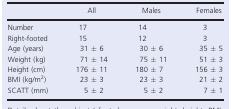
|  | All | Males | Females |
 | --- | --- | --- | --- |
 | Number | 17 | 14 | 3 |
 | Right‐footed | 15 | 12 | 3 |
 | Age (years) | 31 ± 6 | 30 ± 6 | 35 ± 5 |
 | Weight (kg) | 71 ± 14 | 75 ± 11 | 51 ± 3 |
 | Height (cm) | 176 ± 11 | 180 ± 7 | 156 ± 3 |
 | BMI (kg/m2) | 23 ± 3 | 23 ± 3 | 21 ± 2 |
 | SCATT (mm) | 5 ± 2 | 5 ± 2 | 7 ± 1 |